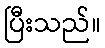
ပြီးသည်။